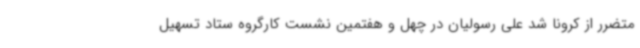
متضرر از کرونا شد علی رسولیان در چهل و هفتمین نشست کارگروه ستاد تسهیل